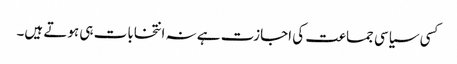
کسی سیاسی جماعت کی اجازت ہے نہ انتخابات ہی ہوتے ہیں۔